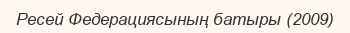
Ресей Федерациясының батыры (2009)